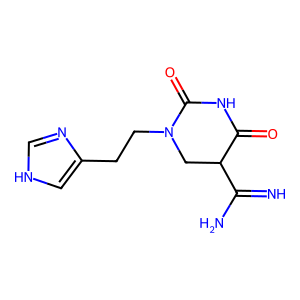
SMILES: N=C(N)C1CN(CCc2c[nH]cn2)C(=O)NC1=O
Inhibits HIV replication: No